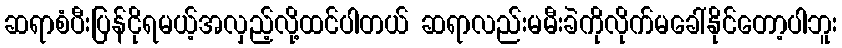
ဆရာစံပီးပြန်ငိုရမယ့်အလှည့်လို့ထင်ပါတယ် ဆရာလည်းမမီးခဲကိုလိုက်မခေါ်နိုင်တော့ပါဘူး